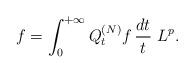
LaTeX: \begin{align*} f = \int_0^{+\infty} Q_t^{(N)}f \, \frac{dt}{t} \ L^p.\end{align*}